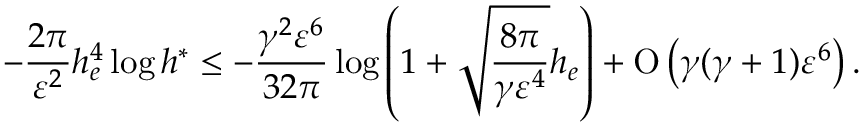
- \frac { 2 \pi } { \varepsilon ^ { 2 } } h _ { e } ^ { 4 } \log { h ^ { \ast } } \leq - \frac { \gamma ^ { 2 } \varepsilon ^ { 6 } } { 3 2 \pi } \log { \left( 1 + \sqrt { \frac { 8 \pi } { \gamma \varepsilon ^ { 4 } } } h _ { e } \right) } + \ensuremath { \operatorname { O } \left( \gamma ( \gamma + 1 ) \varepsilon ^ { 6 } \right) } .